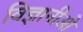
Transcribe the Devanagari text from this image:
विज्ञानीओ